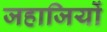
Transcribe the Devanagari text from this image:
जहाजियों